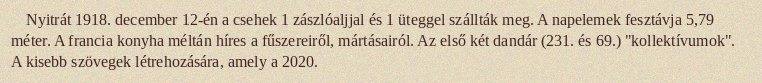
Nyitrát 1918. december 12-én a csehek 1 zászlóaljjal és 1 üteggel szállták meg. A napelemek fesztávja 5,79 méter. A francia konyha méltán híres a fűszereiről, mártásairól. Az első két dandár (231. és 69.) "kollektívumok". A kisebb szövegek létrehozására, amely a 2020.